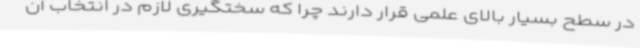
در سطح بسیار بالای علمی قرار دارند چرا که سختگیری لازم در انتخاب آن